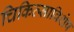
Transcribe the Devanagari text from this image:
चिकित्साविशेष